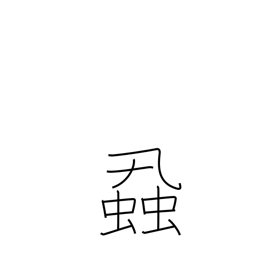
Meaning: vermin